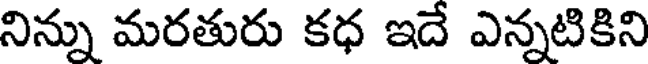
నిన్ను మరతురు కధ ఇదే ఎన్నటికిని